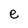
Character: e